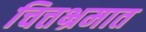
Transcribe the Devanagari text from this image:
चित्तभ्रमात